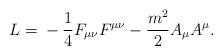
LaTeX: \begin{align*}L = \mbox{}-\frac{1}{4}F_{\mu\nu}F^{\mu\nu} - \frac{m^{2}}{2}A_{\mu}A^{\mu} .\end{align*}